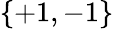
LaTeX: \{ +1,-1\}